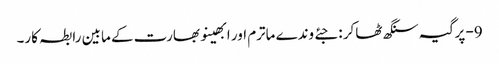
9- پرگیہ سنگھ ٹھاکر : جئے وندے ماترم اور ابھینو بھارت کے مابین رابطہ کار۔